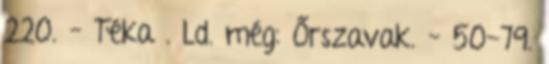
220. – Téka . Ld. még: Őrszavak. – 50-79.